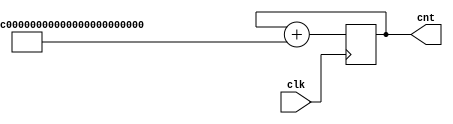
module bigint(input clk, output reg [255:0] cnt);

   always @(posedge clk)
     cnt = cnt + 150'hdeadbeefc001f00ddeadbeefc001f00ddeadbeefc001f00ddeadbeefc001f00d;

endmodule